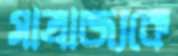
সাম্রাজ্যকে